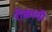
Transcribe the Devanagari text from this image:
रीकाची